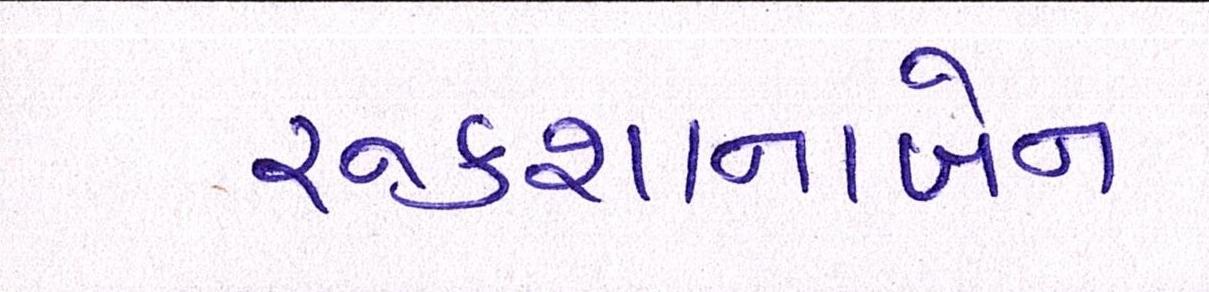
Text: રૂકશાનાબેન